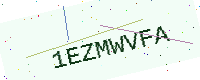
Text: 1EZMWVFA